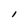
Character: 1